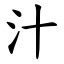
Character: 汁